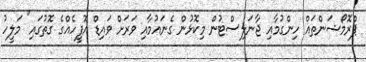
ޕްރޮމޯޝަންތައް ހިންގުމާއި ޖާނަލިސްޓުން މިކޮޅުން ގެނައުމާއި ވަރަށް ވައިޑް އޮފީހެއްގެ ގޮތުގައި" މަލީހު